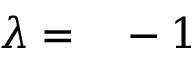
\begin{array} { r l } { \lambda = } & { { } - 1 } \end{array}